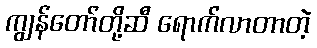
ကျွန်တော်တို့ဆီ ရောက်လာတာတဲ့